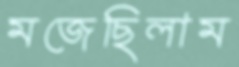
মজেছিলাম